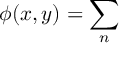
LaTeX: \phi ( x , y ) = \sum _ { n }